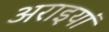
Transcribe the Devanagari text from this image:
अराइयां